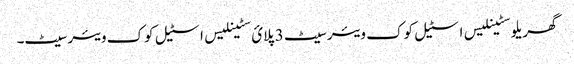
گھریلو سٹینلیس اسٹیل کوک ویئر سیٹ 3 پلائ سٹینلیس اسٹیل کوک ویئر سیٹ۔